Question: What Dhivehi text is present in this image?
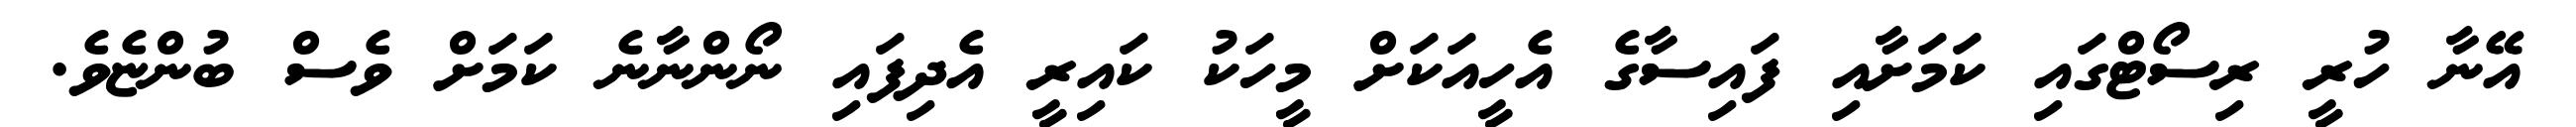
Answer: އޭނާ ހުރީ ރިސޯޓްގައި ކަމަށާއި ފައިސާގެ އެހީއަކަށް މީހަކު ކައިރީ އެދިފައި ނޯންނާނެ ކަމަށް ވެސް ބުންޏެވެ.